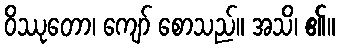
ဝိဿုတော၊ ကျော် စောသည်။ အသိ၊ ၏။